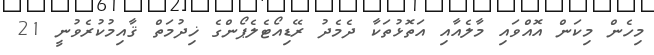
މިހެން މިކަން އޮއްވައި މާލެއާއި އަތޮޅުތަކާ ދެމެދު ރޭޑިއޯޓެލެޕޯންގެ ޚިދުމަތް ޤާއިމުކުރެވުނީ 21